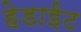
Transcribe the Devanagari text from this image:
हेडाईट